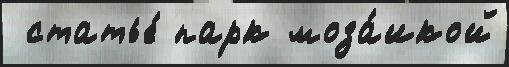
 статье́ парк моза́икой